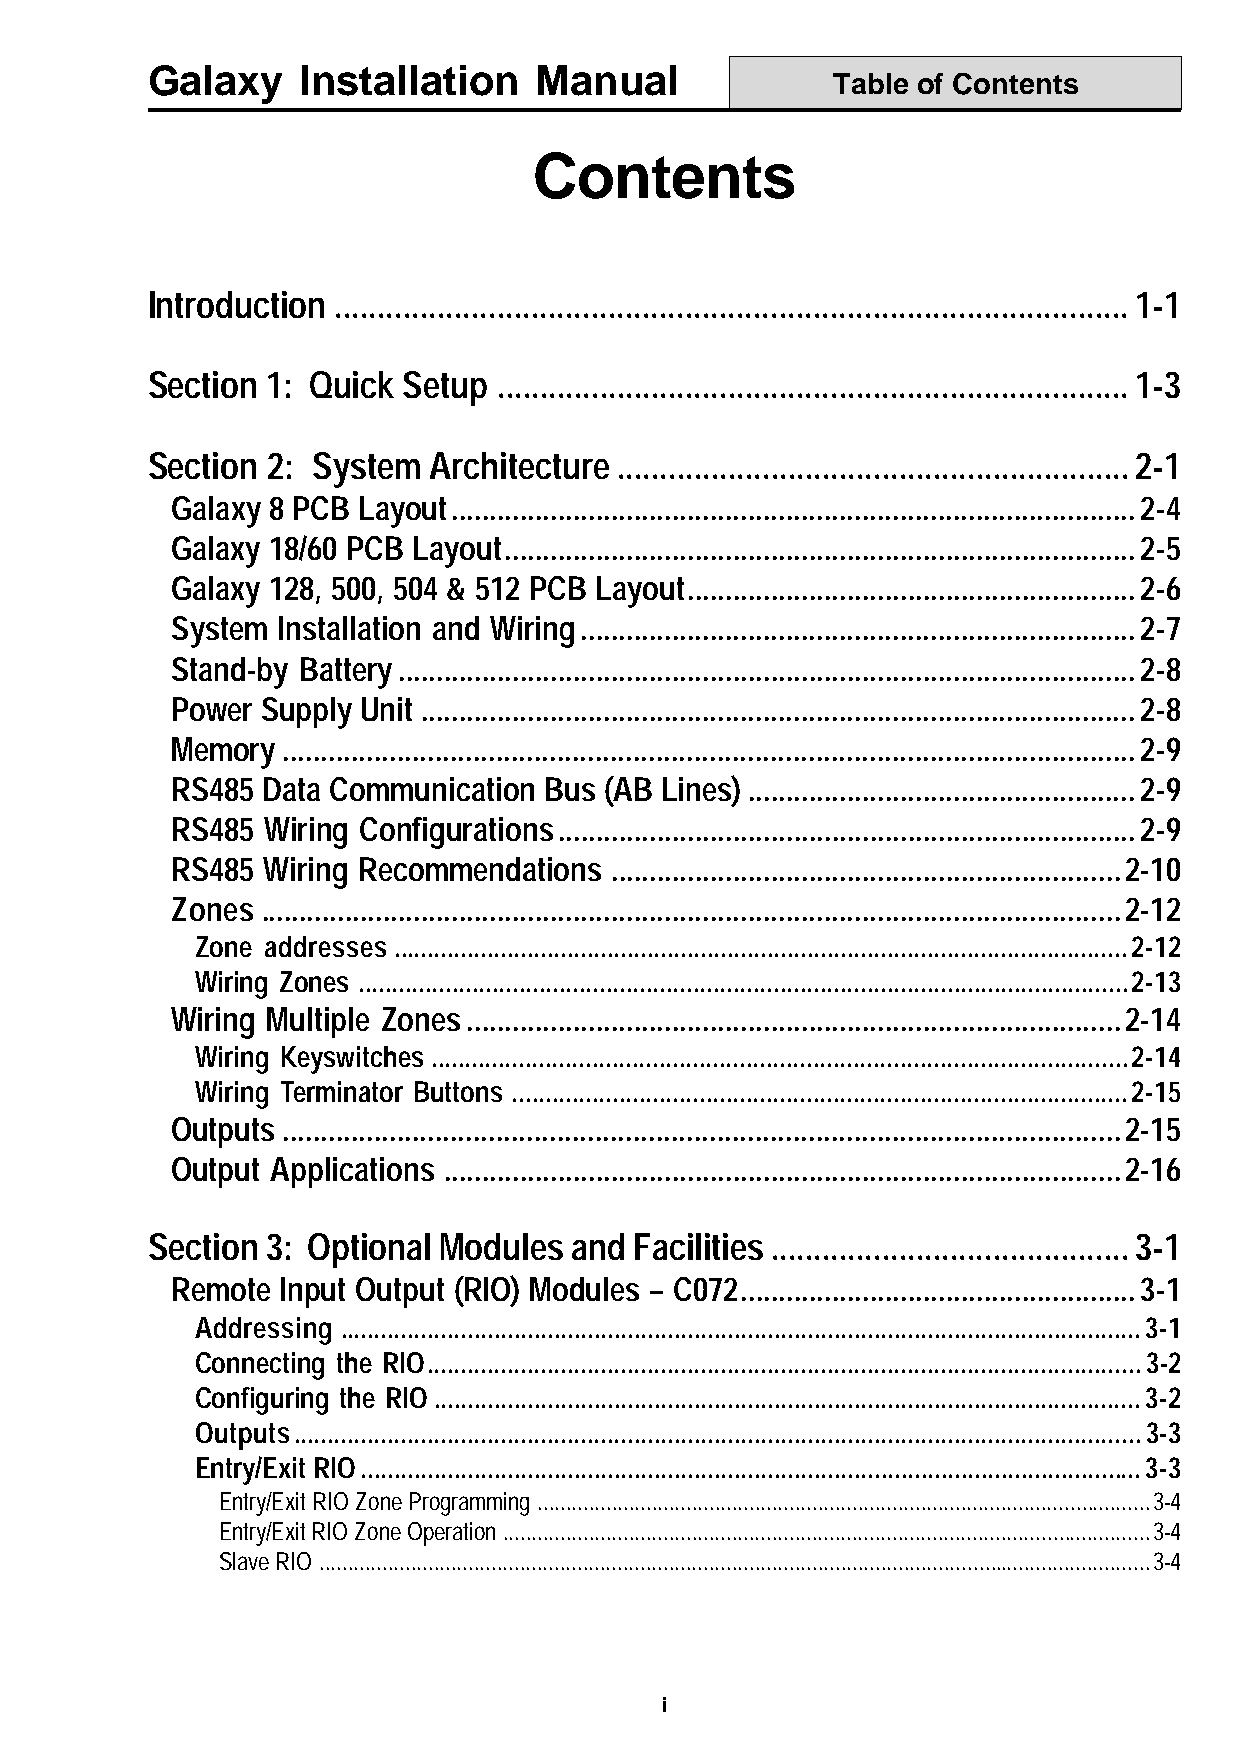
Galaxy    Installation   Manual
 Table of Contents
 Contents
 Introduction .............................................................................................1-1
 Section 1: Quick Setup ..........................................................................1-3
 Section 2: System Architecture ............................................................2-1
 Galaxy 8 PCB Layout..........................................................................................2-4
 Galaxy 18/60 PCB Layout...................................................................................2-5
 Galaxy 128, 500, 504 & 512 PCB Layout...........................................................2-6
 System Installation and Wiring.........................................................................2-7
 Stand-by Battery.................................................................................................2-8
 Power Supply Unit ..............................................................................................2-8
 Memory  ................................................................................................................2-9
 RS485 Data Communication Bus (AB Lines) ...................................................2-9
 RS485  Wiring Configurations............................................................................2-9
 RS485 Wiring Recommendations  ...................................................................2-10
 Zones .................................................................................................................2-12
 Zone addresses ..............................................................................................................2-12
 Wiring Zones ...................................................................................................................2-13
 Wiring Multiple Zones......................................................................................2-14
 Wiring Keyswitches ........................................................................................................2-14
 Wiring Terminator Buttons ............................................................................................2-15
 Outputs ..............................................................................................................2-15
 Output Applications .........................................................................................2-16
 Section 3: Optional Modules and Facilities ..........................................3-1
 Remote  Input Output (RIO) Modules – C072....................................................3-1
 Addressing ........................................................................................................................3-1
 Connecting the RIO...........................................................................................................3-2
 Configuring the RIO ..........................................................................................................3-2
 Outputs...............................................................................................................................3-3
 Entry/Exit RIO.....................................................................................................................3-3
 Entry/Exit RIO Zone Programming...........................................................................................................3-4
 Entry/Exit RIO Zone Operation.................................................................................................................3-4
 Slave RIO .................................................................................................................................................3-4
 i